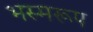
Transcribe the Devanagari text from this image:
भस्मरूप